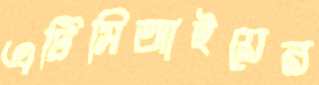
এটিসিআইয়ের